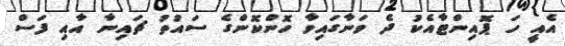
އެއީ ހަ ޕޮއިންޓާއެކު ދެ ވަނާގައިވާ ހޮންކޮންގެ ސައުތު ޗައިނާ އާއި ފަސް